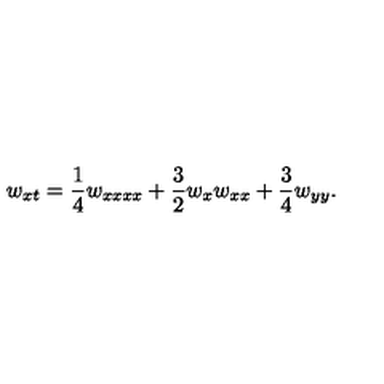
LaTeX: w _ { x t } = \frac { 1 } { 4 } w _ { x x x x } + \frac { 3 } { 2 } w _ { x } w _ { x x } + \frac { 3 } { 4 } w _ { y y } .